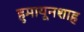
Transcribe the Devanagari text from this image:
हुमायूनशाह